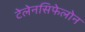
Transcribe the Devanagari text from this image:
टेलेनसिफेलोन